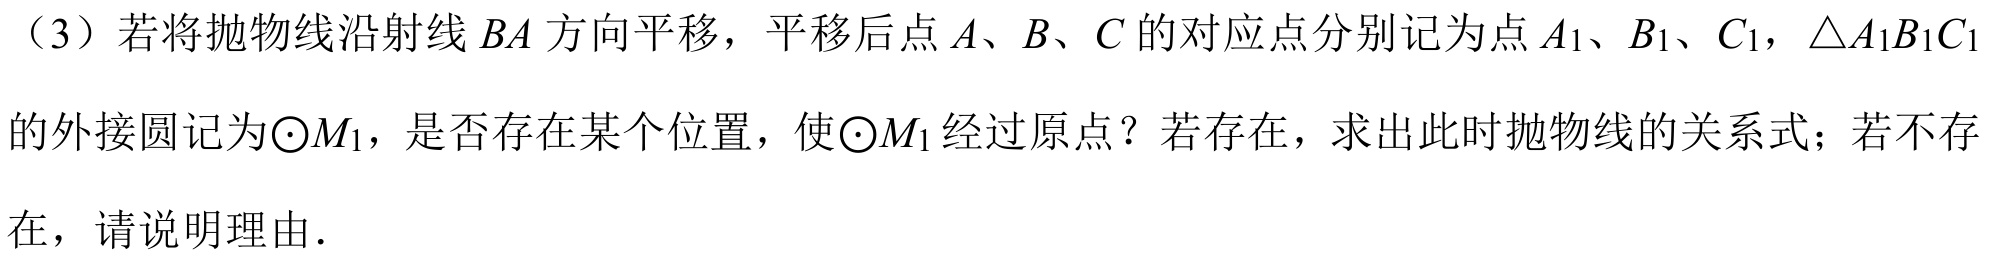
（3）若将抛物线沿射线\(BA\)方向平移，平移后点\(A、B、C\)的对应点分别记为点\(A_{1}、B_{1}、C_{1}\)，\(\triangle A_{1}B_{1}C_{1}\)的外接圆记为\(\odot M_{1}\)，是否存在某个位置，使\(\odot M_{1}\)经过原点？若存在，求出此时抛物线的关系式；若不存在，请说明理由.